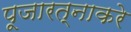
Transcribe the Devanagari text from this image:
पूजारत्नाकरे